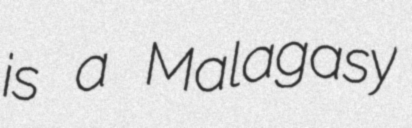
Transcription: is a Malagasy